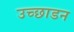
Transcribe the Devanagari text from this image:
उच्छाडन